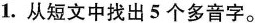
1.从短文中找出5个多音字。